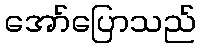
အော်ပြောသည်